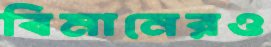
বিমানেরও